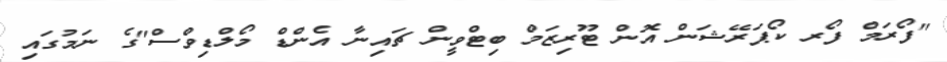
"ފޯރަމް ފޯރ ކޯޕަރޭޝަން އޮން ޓޫރިޒަމް ބިޓްވީން ޗައިނާ އެންޑް މޯލްޑިވްސް"ގެ ނަމުގައި